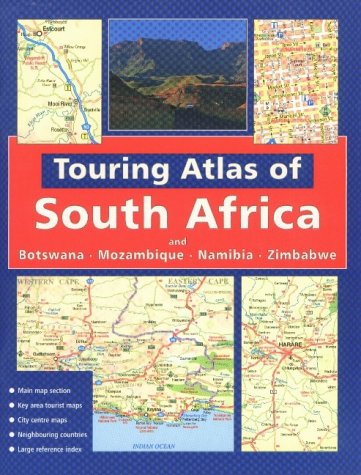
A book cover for Touring Atlas of Southern Africa: and Botswana Mozambique, Namibia and Zimbabwe; John Hall; Travel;